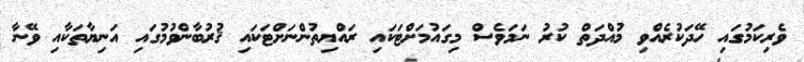
ވެރިކަމުގައި ހޭދަކުރެއްވި މުއްދަތް ކުރު ނަމަވެސް މިގައުމަށްޓަކައި ރައްޔިތުންނަށްޓަކައި ޤުރުބާންވުމުގައި އަނިޔާތަކާއި ވޭނާ